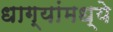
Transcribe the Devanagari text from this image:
धाग्यांमध्ये